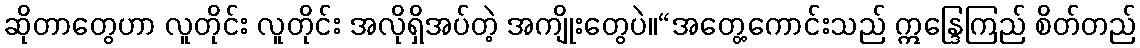
ဆိုတာတွေဟာ လူတိုင်း လူတိုင်း အလိုရှိအပ်တဲ့ အကျိုးတွေပဲ။“အတွေ့ကောင်းသည် ဣန္ဒြေကြည် စိတ်တည်